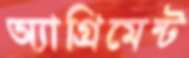
অ্যাগ্রিমেন্ট